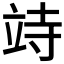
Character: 𥩳